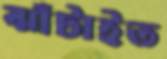
ঝাঁটাইত